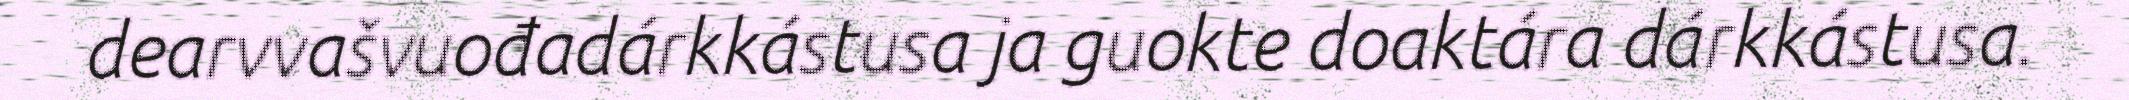
dearvvašvuođadárkkástusa ja guokte doaktára dárkkástusa.